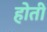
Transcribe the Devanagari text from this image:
होती